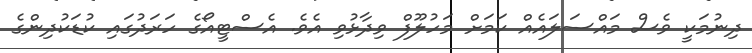
ދިނުމަކީ ވެސް މައްސަލައެއް ކަމަށް މަހުލޫފް ވިދާޅުވި އެވެ. އެސްޓީއޯގެ ހަރަދުގައި ކުޑަކުދިންގެ